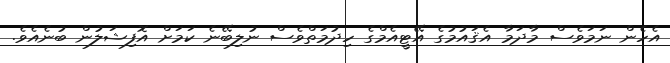
އެހެން ނަމަވެސް މާދަމާ އެޤައުމުގެ އޭޓީއެމްގެ ހިދުމަތްވެސް ނުލިބޭނެ ކަމަށް އޮފިޝަލުން ބުނެއެވެ.